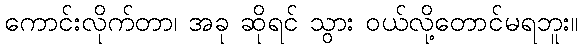
ကောင်းလိုက်တာ၊ အခု ဆိုရင် သွား ဝယ်လို့တောင်မရဘူး။